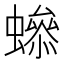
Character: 𧑫